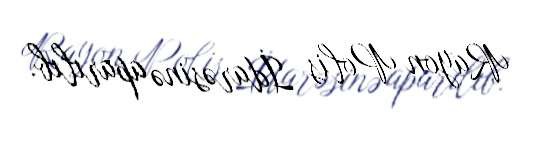
Rayon Polis İdarəsinə aparılıb.